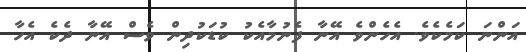
އަންނަ ކަމެކެވެ. އެހެންވެ އޭނާ ފެނުމާއެކު ކުޑަކުދިން ވެސް އޭނާ ދެކެ އެހާ